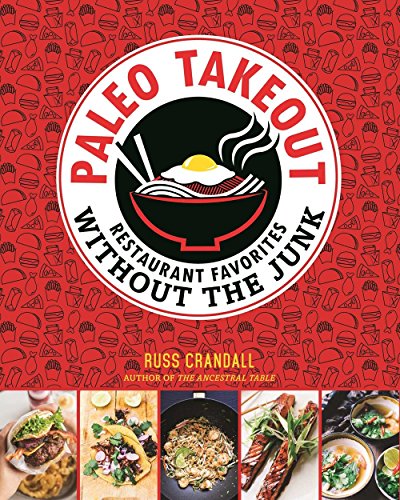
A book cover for Paleo Takeout: Restaurant Favorites Without the Junk; Russ Crandall; Cookbooks, Food & Wine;